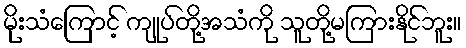
မိုးသံကြောင့် ကျုပ်တို့အသံကို သူတို့မကြားနိုင်ဘူး။